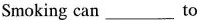
Smoking can___to